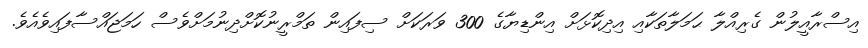
އިސްރާއީލުން ގެރިއްލާ ޙަމަލާތަކާއި އިދިކޮޅަށް އިންޑިޔާގެ 300 ވަރަކަށް ސިފައިން ތަމްރީނުކޮށްދިނުމަށްވެސް ހަމަޖައްސާފައިވެއެވެ.